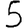
Digit: 5